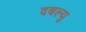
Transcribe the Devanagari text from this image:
दबल्यु